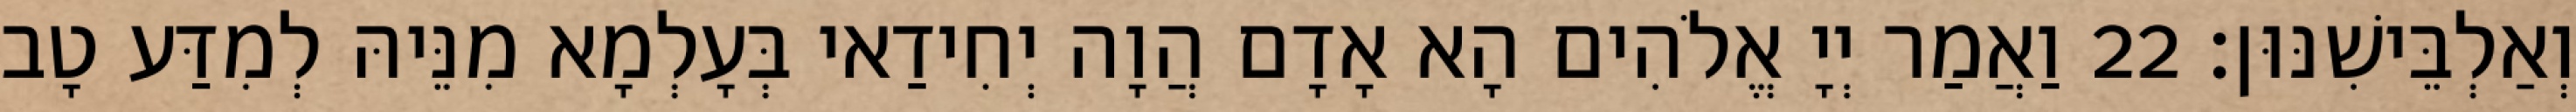
וְאַלְבֵּישִׁנּוּן׃ 22 וַאֲמַר יְיָ אֱלֹהִים הָא אָדָם הֲוָה יְחִידַאי בְּעָלְמָא מִנֵּיהּ לְמִדַּע טָב